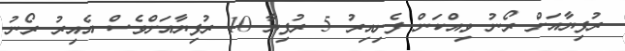
ރުފިޔާއަށް ރޯނު ވިއްކަން ފެށިއިރު 5 ރުފިޔާ 10 ރުފިޔާއަށްވެސް އެއިރު ރޯނު